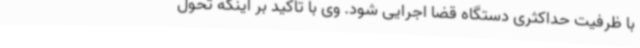
با ظرفیت حداکثری دستگاه قضا اجرایی شود. وی با تاکید بر اینکه تحول